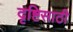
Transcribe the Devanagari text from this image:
दृष्टिसाठी